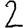
Digit: 2